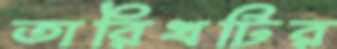
তারিখটির